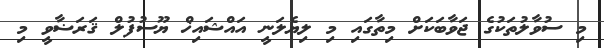
މި ސުވާލުތަކުގެ ޖަވާބަކަށް މިތާގައި މި ލިޔެލަނީ އައްޝައިޚް ޔޫސުފުލް ޤަރަޟާވީ މި